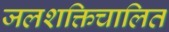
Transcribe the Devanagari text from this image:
जलशक्तिचालित